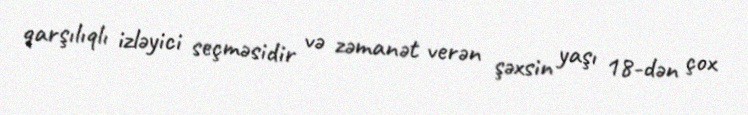
qarşılıqlı izləyici seçməsidir və zəmanət verən şəxsin yaşı 18-dən çox